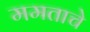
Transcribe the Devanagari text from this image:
ममताचे